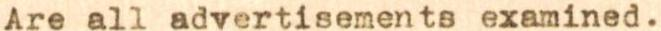
Are all advertisements examined.